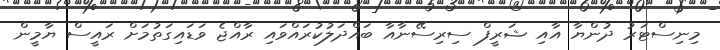
މިނިސްޓަރު ދުންޔާ އާއި ޝަރީފް ސިރިސޭނާއާ ބައްދަލުކުރައްވައި ރާއްޖެ ވަޑައިގަތުމަށް ރައީސް ޔާމީން